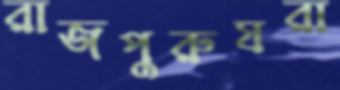
রাজপুরুষরা